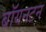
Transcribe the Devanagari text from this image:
बॉयनटन